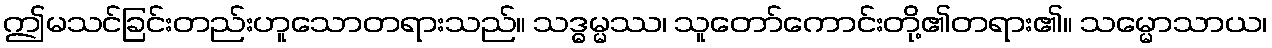
ဤမသင်ခြင်းတည်းဟူသောတရားသည်။ သဒ္ဓမ္မဿ၊ သူတော်ကောင်းတို့၏တရား၏။ သမ္မောသာယ၊